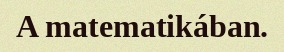
A matematikában.